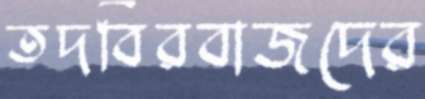
তদবিরবাজদের